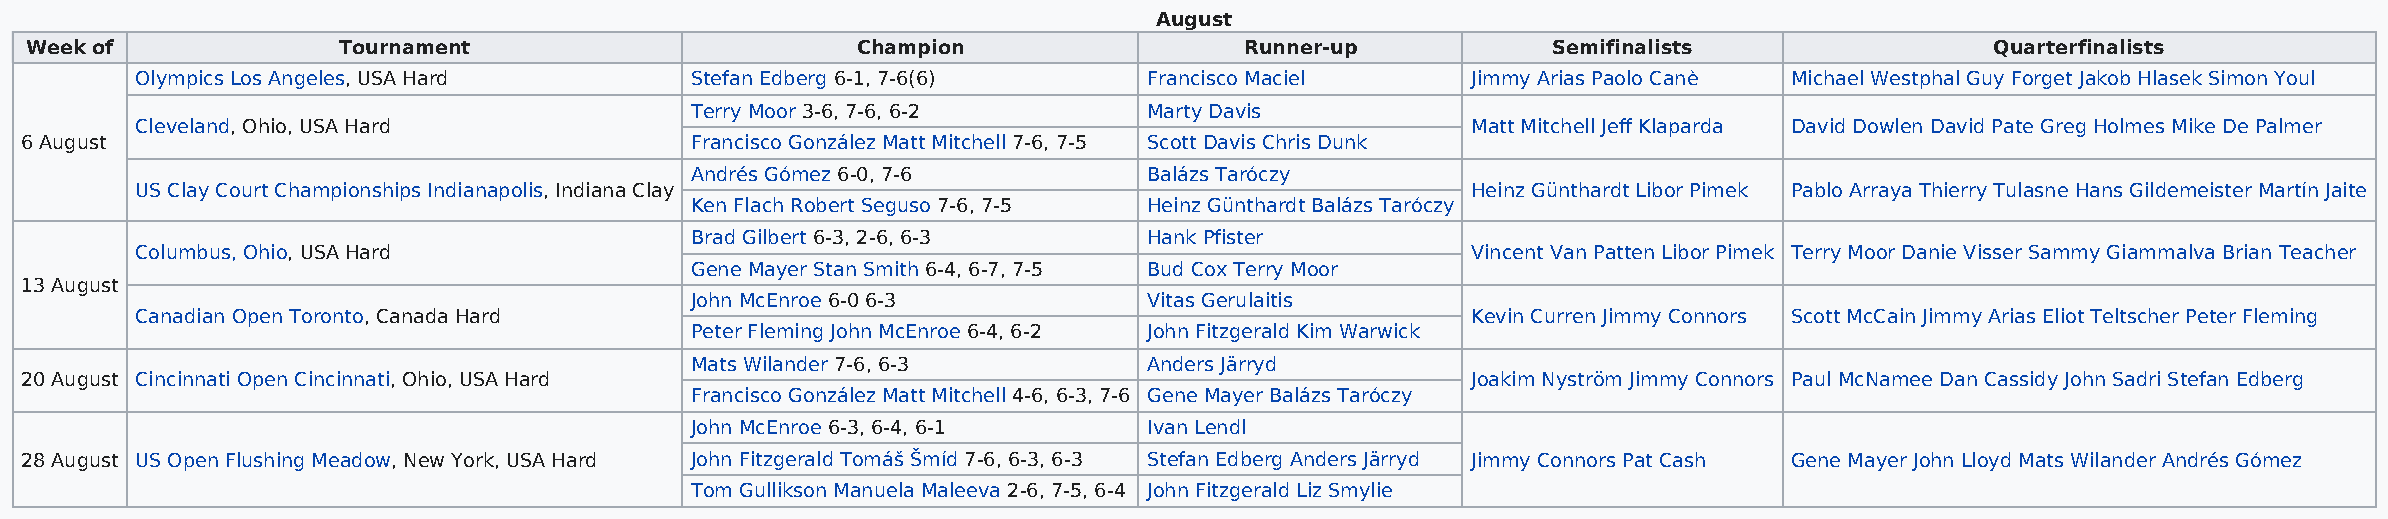
August
 Week of             Tournament                         Champion                 Runner-up            Semifinalists                Quarterfinalists
 Olympics Los Angeles, USA Hard       Stefan Edberg 6-1, 7-6(6)     Francisco Maciel     Jimmy Arias Paolo Canè Michael Westphal Guy Forget Jakob Hlasek Simon Youl
 Terry Moor 3-6, 7-6, 6-2      Marty Davis
 Cleveland, Ohio, USA Hard                                                               Matt Mitchell Jeff Klaparda David Dowlen David Pate Greg Holmes Mike De Palmer
 6 August                                     Francisco González Matt Mitchell 7-6, 7-5 Scott Davis Chris Dunk
 Andrés Gómez 6-0, 7-6         Balázs Taróczy
 US Clay Court Championships Indianapolis, Indiana Clay                                  Heinz Günthardt Libor Pimek Pablo Arraya Thierry Tulasne Hans Gildemeister Martín Jaite
 Ken Flach Robert Seguso 7-6, 7-5 Heinz Günthardt Balázs Taróczy
 Brad Gilbert 6-3, 2-6, 6-3    Hank Pfister
 Columbus, Ohio, USA Hard                                                                Vincent Van Patten Libor Pimek Terry Moor Danie Visser Sammy Giammalva Brian Teacher
 Gene Mayer Stan Smith 6-4, 6-7, 7-5 Bud Cox Terry Moor
 13 August
 John McEnroe 6-0 6-3          Vitas Gerulaitis
 Canadian Open Toronto, Canada Hard                                                      Kevin Curren Jimmy Connors Scott McCain Jimmy Arias Eliot Teltscher Peter Fleming
 Peter Fleming John McEnroe 6-4, 6-2 John Fitzgerald Kim Warwick
 Mats Wilander 7-6, 6-3        Anders Järryd
 20 August Cincinnati Open Cincinnati, Ohio, USA Hard                                            Joakim Nyström Jimmy Connors Paul McNamee Dan Cassidy John Sadri Stefan Edberg
 Francisco González Matt Mitchell 4-6, 6-3, 7-6 Gene Mayer Balázs Taróczy
 John McEnroe 6-3, 6-4, 6-1    Ivan Lendl
 28 August US Open Flushing Meadow, New York, USA Hard John Fitzgerald Tomáš Šmíd 7-6, 6-3, 6-3 Stefan Edberg Anders Järryd Jimmy Connors Pat Cash Gene Mayer John Lloyd Mats Wilander Andrés Gómez
 Tom Gullikson Manuela Maleeva 2-6, 7-5, 6-4 John Fitzgerald Liz Smylie